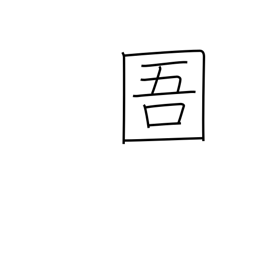
Meaning: prison